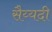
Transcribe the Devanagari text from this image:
सैय्यदी